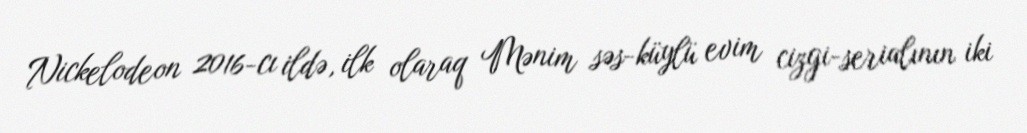
Nickelodeon 2016-cı ildə, ilk olaraq Mənim səs-küylü evim cizgi-serialının iki